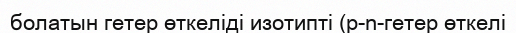
болатын гетер өткеліді изотипті (p-n-гетер өткелі